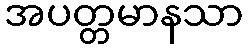
အပတ္တမာနသာ